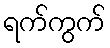
ရက်ကွက်